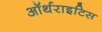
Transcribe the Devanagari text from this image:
ऑर्थराइटिस